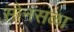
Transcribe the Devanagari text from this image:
सोनसळा